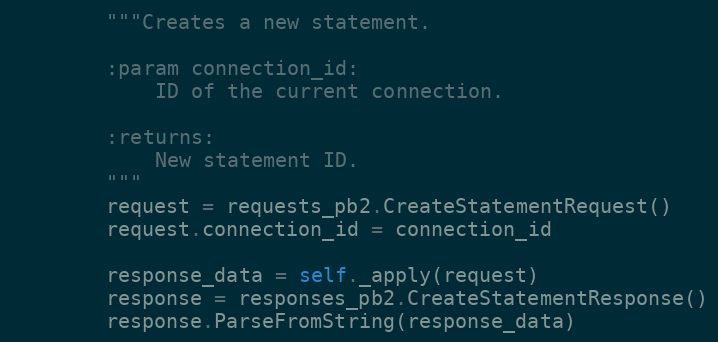
Language: Python
        """Creates a new statement.

        :param connection_id:
            ID of the current connection.

        :returns:
            New statement ID.
        """
        request = requests_pb2.CreateStatementRequest()
        request.connection_id = connection_id

        response_data = self._apply(request)
        response = responses_pb2.CreateStatementResponse()
        response.ParseFromString(response_data)